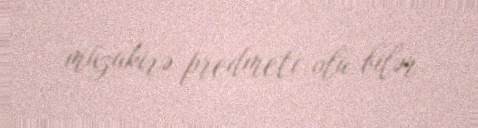
müzakirə predmeti ola bilər.